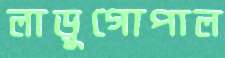
লাড়ুগোপাল